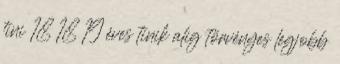
tini 18 18 19 éves tinik alig törvényes legjobb